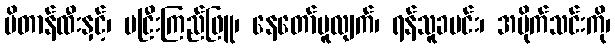
ဗိတာန်ထီးနှင့်၊ မငြီးကြည်ဖြူ၊ နေတော်မူလျက်၊ ရန်သူခပင်း၊ အမိုက်သင်းကို၊